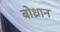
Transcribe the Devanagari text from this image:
बोध्रान